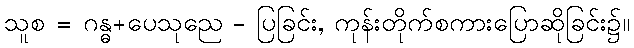
သူစ = ဂန္ဓ+ပေသုညေ - ပြခြင်း, ကုန်းတိုက်စကားပြောဆိုခြင်း၌။